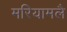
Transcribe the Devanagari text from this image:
मरियामलै